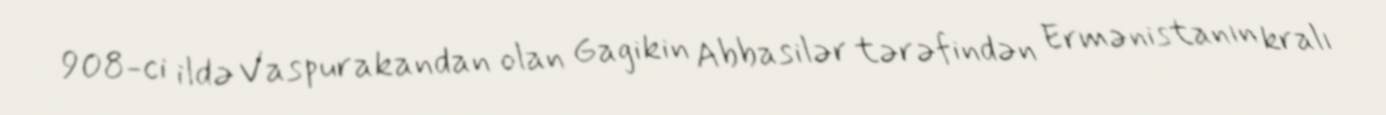
908-ci ildə Vaspurakandan olan Gagikin Abbasilər tərəfindən Ermənistanın kralı